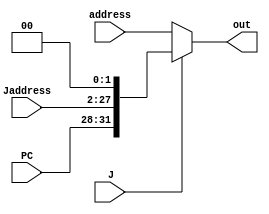
`timescale 1ns / 1ps
//////////////////////////////////////////////////////////////////////////////////
// Company: 
// Engineer: 
// 
// Design Name: 
// Module Name: J_MUX
// Project Name: 
// Target Devices: 
// Tool Versions: 
// Description: 
// 
// Dependencies: 
// 
// Revision:
// Revision 0.01 - File Created
// Additional Comments:
// 
//////////////////////////////////////////////////////////////////////////////////


module J_MUX(
    input J,
    input [25:0] Jaddress,
    input [31:28] PC,
    input [31:0] address,
    output [31:0] out
    );
    
    wire [27:0]shift;
    assign shift = Jaddress << 2;
    assign out = (J) ? {PC, shift} : address;
    
endmodule